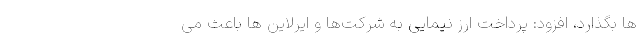
ها بگذارد، افزود: پرداخت ارز نیمایی به شرکت‌ها و ایرلاین ها باعث می